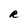
Character: R